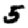
Digit: 5